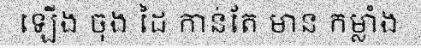
ឡើង ចុង ដៃ កាន់តែ មាន កម្លាំង